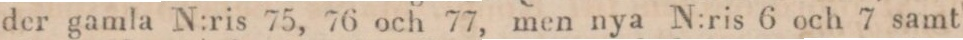
der gamla N:ris 75, 76 och 77, men nya N:ris 6 och 7 samt